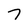
Character: 7